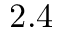
2 . 4